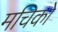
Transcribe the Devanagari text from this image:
मचिको